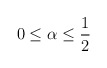
\begin{align*}0\leq \alpha\leq\frac{1}{2}\end{align*}